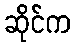
ဆိုင်က